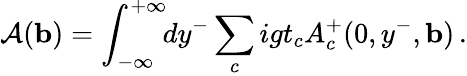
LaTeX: {\cal A}({\mathbf b})=\int_{-\infty}^{+\infty}\! \! dy^{-}\sum_{c}igt_{c}A_{c}^{+}(0,y^{-},{\mathbf b})\, .